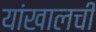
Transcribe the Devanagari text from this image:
यांखालची